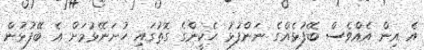
އެ އިން އެއްވެސް ބޭފުޅެއްގެ ނަންފުޅު ހެކީންގެ ގޮތުގައި ހުށަނޭޅުމަށް އެ ބޭފުޅުން